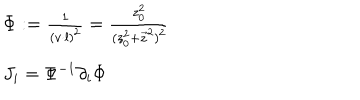
LaTeX: \begin{array} { l } { { \Phi : = { \frac { 1 } { ( v \cdot l ) ^ { 2 } } } = { \frac { z _ { 0 } ^ { 2 } } { ( z _ { 0 } ^ { 2 } + \vec { z } ^ { 2 } ) ^ { 2 } } } } } \\ { { J _ { i } = \Phi ^ { - 1 } \partial _ { i } \Phi } } \\ \end{array}